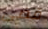
قضى